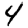
Digit: 4